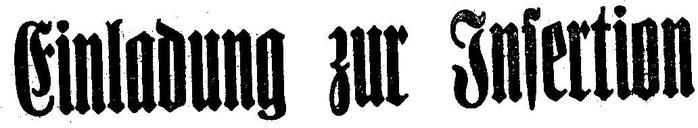
Einladung zur Insertion